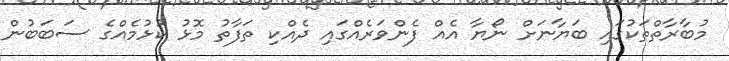
މުބާރާތްތަކުގައި ބަޔާނަށް ނޯޔާ އެއް ފެންވަރެއްގައި ދެއްކި ތަފާތު މޮޅު ކުޅުމެއްގެ ސަބަބުން